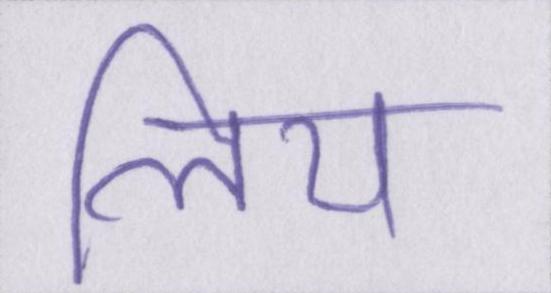
लिय